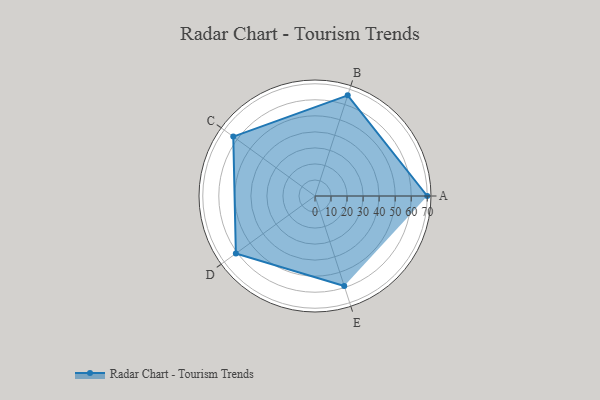
{"axis": {"x": "Skill", "y": "Score"}, "legend": ["Profile"], "data": [{"x": "A", "y": 70.0, "type": "Profile"}, {"x": "B", "y": 66.0, "type": "Profile"}, {"x": "C", "y": 63.0, "type": "Profile"}, {"x": "D", "y": 61.0, "type": "Profile"}, {"x": "E", "y": 59.0, "type": "Profile"}]}